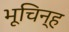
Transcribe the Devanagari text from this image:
भूचिन्ह